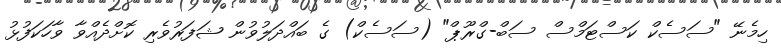
ހިމެނޭ "ސަސެކް ކަސްޓަމްސް ސަބް-ގްރޫޕް" (ސަސެކް) ގެ ބައްދަލުވުން ޝަފަރުވެރި ކޮށްދެއްވާ ވާހަކަފުޅު